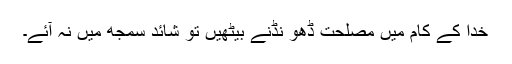
خدا کے کام میں مصلحت ڈھو نڈنے بیٹھیں تو شائد سمجھ میں نہ آئے۔